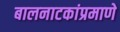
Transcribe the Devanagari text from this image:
बालनाटकांप्रमाणे